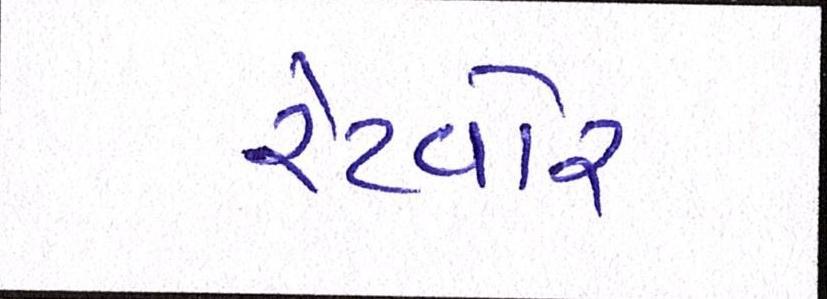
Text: રેટવોર